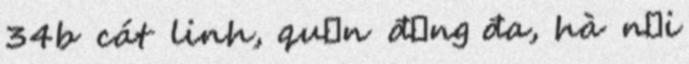
34b cát linh, quận đống đa, hà nội